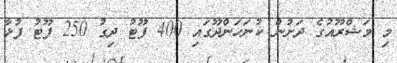
މި މަޝްރޫއުގެ ދަށުން ކުނަހަންދޫގައި 400 ފޫޓު ދިގު 250 ފޫޓު ފުޅާ